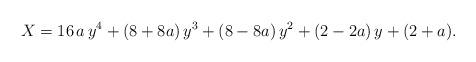
LaTeX: \begin{align*} X = 16\, a\, y^4 + (8+8a)\, y^3+(8-8a)\, y^2+(2-2a)\, y+(2+a) . \end{align*}